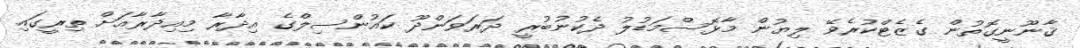
ޤާނޫނީގޮތުން ގެޒެޓްކުރެވޭ ލިޔުން މާޅޮސްމަޑުލު ދެކުނުބުރީ ދަރަވަންދޫ ކައުންސިލްގެ އިދާރާ މިއިދާރާއަށް ތިރީގައި